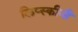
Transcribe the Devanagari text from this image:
लिप्स्कीनी